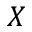
X